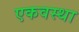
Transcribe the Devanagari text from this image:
एकवस्था